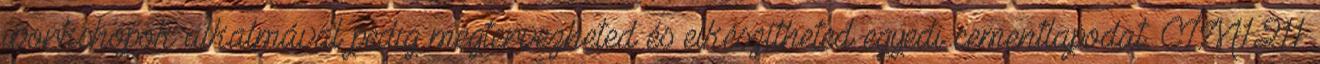
workshopok alkalmával pedig megtervezheted és elkészítheted egyedi cementlapodat. CÍM:1211